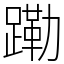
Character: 𬧊